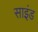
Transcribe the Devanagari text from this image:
साइंड